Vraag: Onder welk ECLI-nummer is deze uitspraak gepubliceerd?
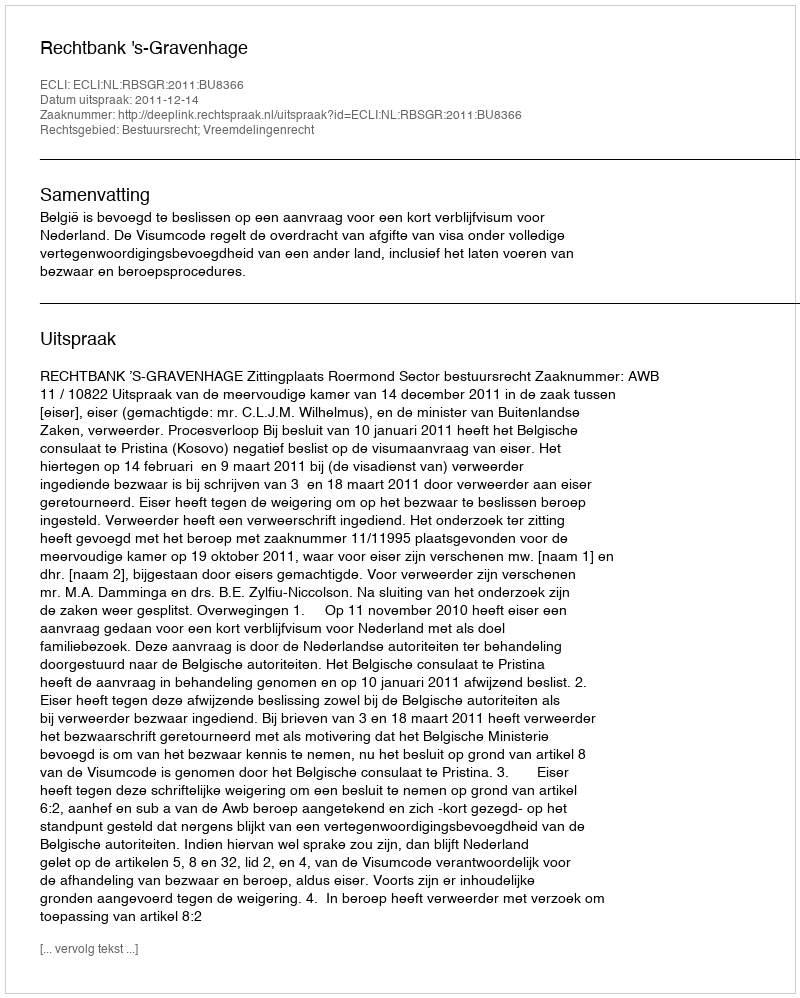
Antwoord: ECLI:NL:RBSGR:2011:BU8366